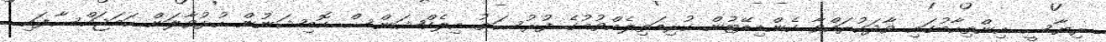
ރިޔާސީ އިންތިހާބުގައި ވާދަކުރައްވާ ކެންޑިޑޭޓުން ކުރިމަތިލެއްވުމުގެ ފުރުސަތު އިލެކްޝަންސް ކޮމިޝަނުން ހުޅުވާލަން ހަމަޖައްސާފައި